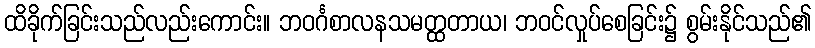
ထိခိုက်ခြင်းသည်လည်းကောင်း။ ဘဝင်္ဂစာလနသမတ္ထတာယ၊ ဘဝင်လှုပ်စေခြင်း၌ စွမ်းနိုင်သည်၏